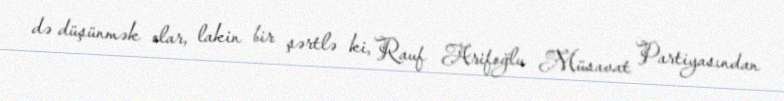
də düşünmək olar, lakin bir şərtlə ki, Rauf Arifoğlu Müsavat Partiyasından